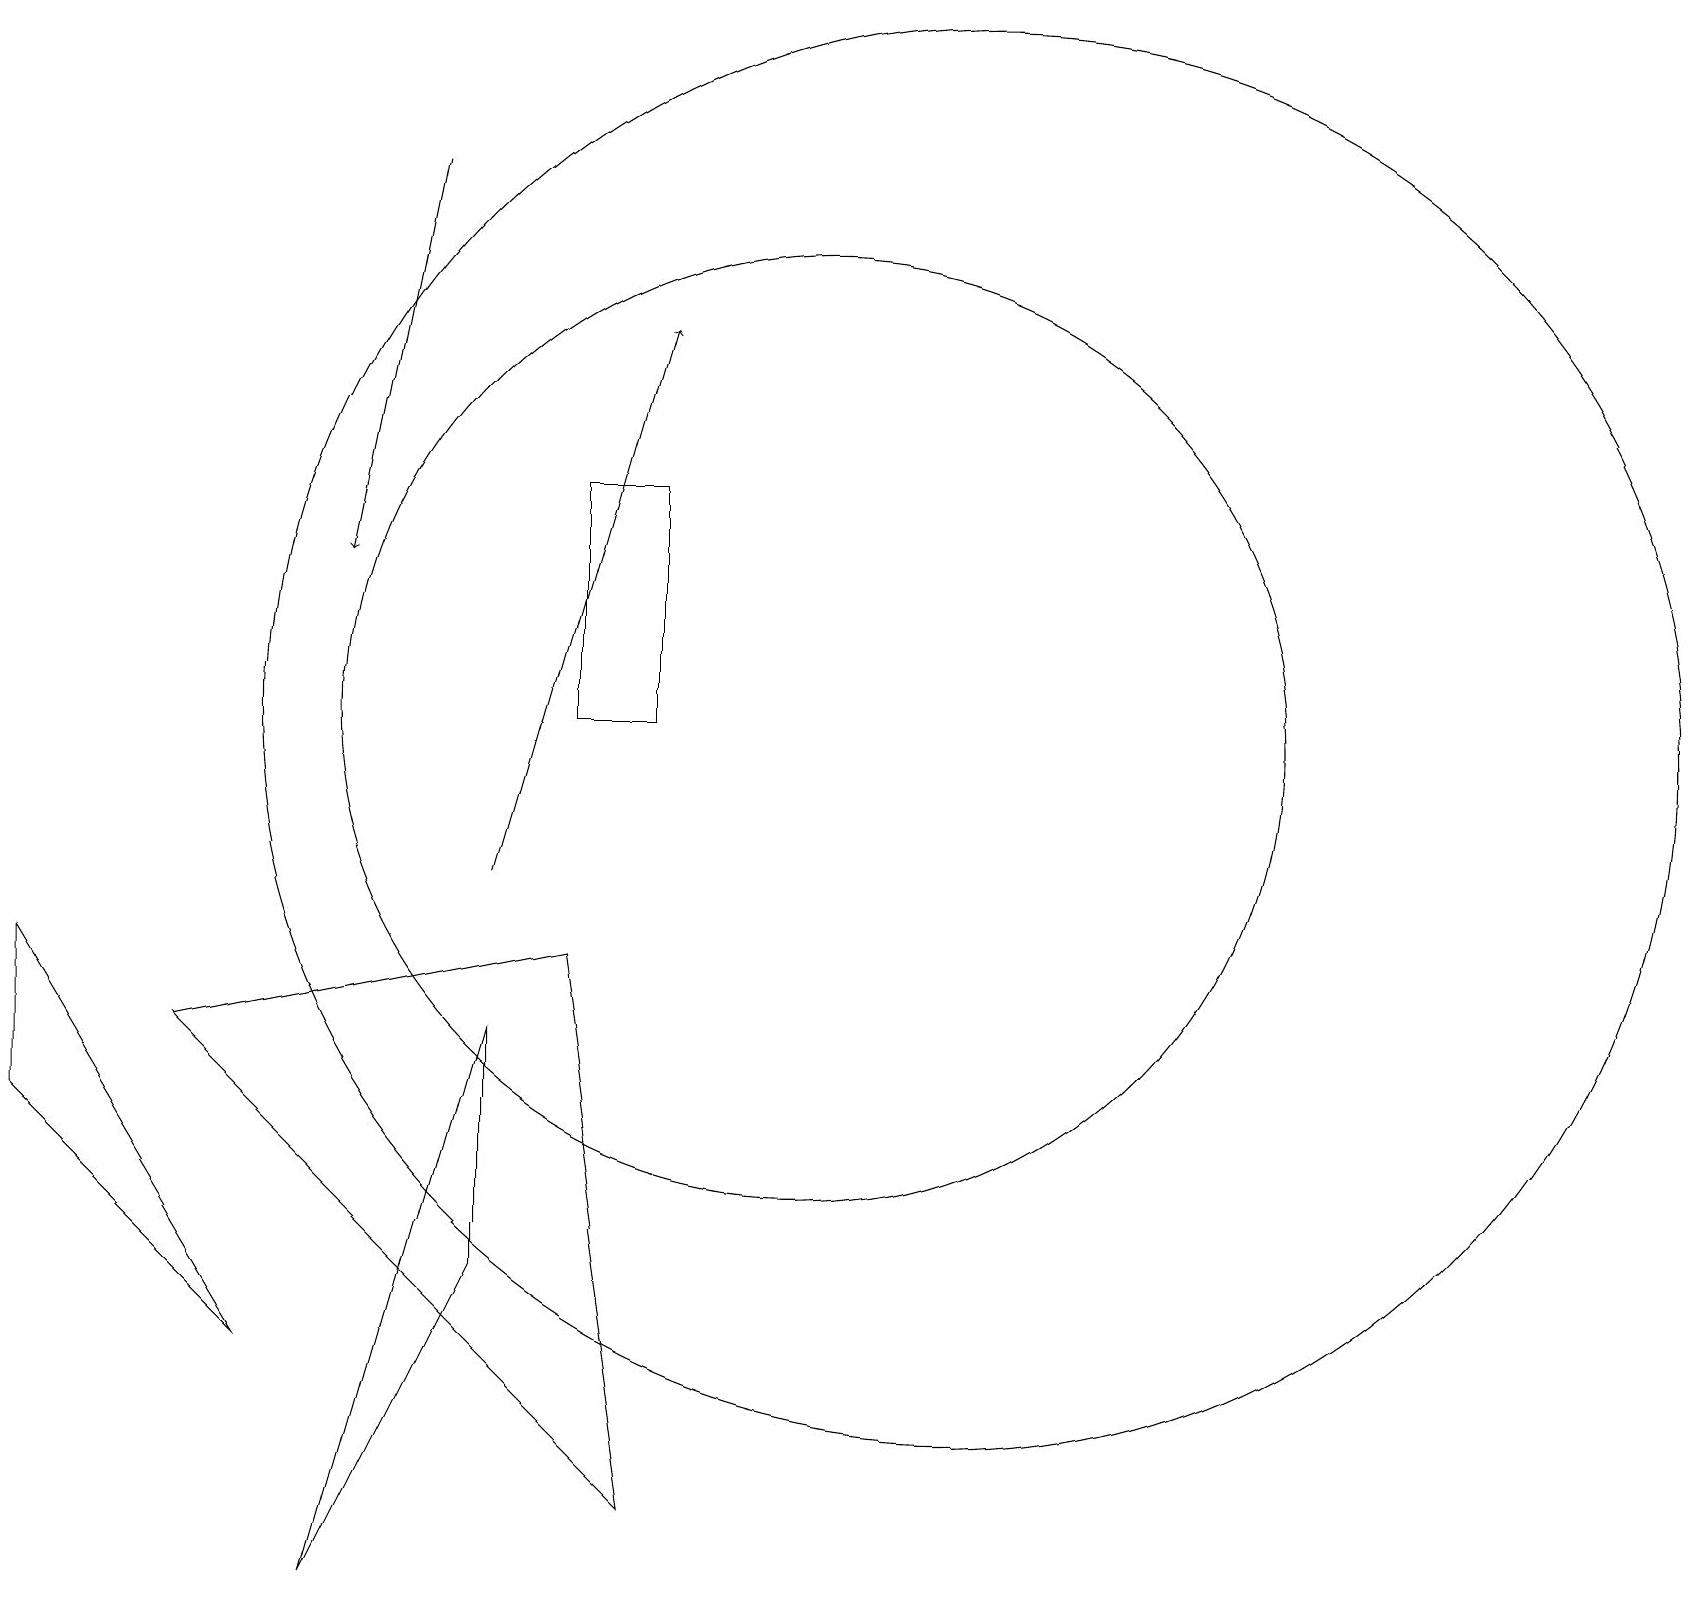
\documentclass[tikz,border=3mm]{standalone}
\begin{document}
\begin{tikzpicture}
\draw[->] (5,19) -- (4,14);
\draw[->] (6,10) -- (8,17);
\draw (3,4) -- (0,9) -- (0,7) -- cycle;
\draw (6,8) -- (4,1) -- (6,5) -- cycle;
\draw (8,15) rectangle (7,12);
\draw (2,8) -- (8,2) -- (7,9) -- cycle;
\draw (12,12) circle (9);
\draw (10,12) circle (6);
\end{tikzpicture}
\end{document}